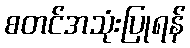
စတင်အသုံးပြုရန်